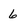
Character: 6